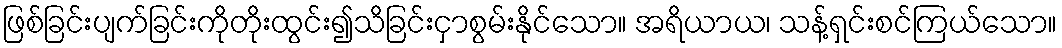
ဖြစ်ခြင်းပျက်ခြင်းကိုတိုးထွင်း၍သိခြင်းငှာစွမ်းနိုင်သော။ အရိယာယ၊ သန့်ရှင်းစင်ကြယ်သော။